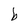
Character: b